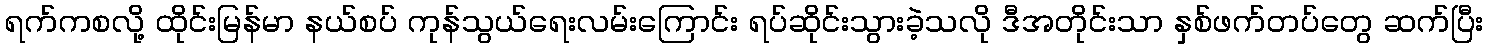
ရက်ကစလို့ ထိုင်းမြန်မာ နယ်စပ် ကုန်သွယ်ရေးလမ်းကြောင်း ရပ်ဆိုင်းသွားခဲ့သလို ဒီအတိုင်းသာ နှစ်ဖက်တပ်တွေ ဆက်ပြီး